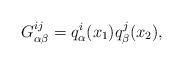
LaTeX: \begin{align*}G_{\alpha \beta}^{i j} = q_{\alpha}^{i} (x_{1}) q_{\beta}^{j} (x_{2}) , \end{align*}